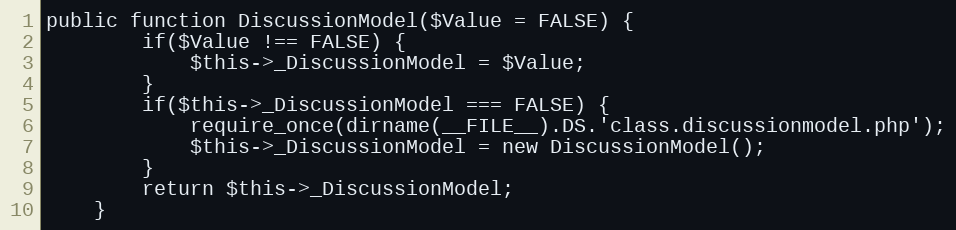
Language: PHP
public function DiscussionModel($Value = FALSE) {
		if($Value !== FALSE) {
			$this->_DiscussionModel = $Value;
		}
		if($this->_DiscussionModel === FALSE) {
			require_once(dirname(__FILE__).DS.'class.discussionmodel.php');
			$this->_DiscussionModel = new DiscussionModel();
		}
		return $this->_DiscussionModel;
	}